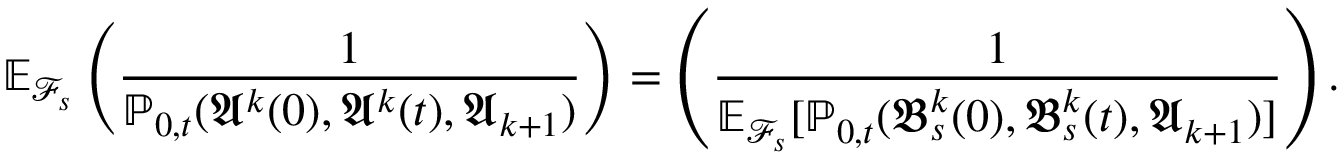
\mathbb { E } _ { \mathcal { F } _ { s } } \left( \frac { 1 } { \mathbb { P } _ { 0 , t } ( \mathfrak { A } ^ { k } ( 0 ) , \mathfrak { A } ^ { k } ( t ) , \mathfrak { A } _ { k + 1 } ) } \right) = \left( \frac { 1 } { \mathbb { E } _ { \mathcal { F } _ { s } } [ \mathbb { P } _ { 0 , t } ( \mathfrak { B } _ { s } ^ { k } ( 0 ) , \mathfrak { B } _ { s } ^ { k } ( t ) , \mathfrak { A } _ { k + 1 } ) ] } \right) .